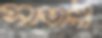
সাতানী